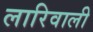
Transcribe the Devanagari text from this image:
लारिवाली